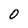
Character: 0